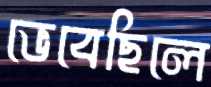
ভেবেছিলে